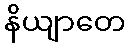
နိယျာတေ